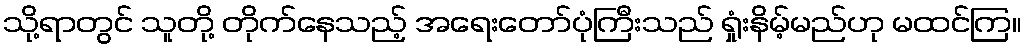
သို့ရာတွင် သူတို့ တိုက်နေသည့် အရေးတော်ပုံကြီးသည် ရှုံးနိမ့်မည်ဟု မထင်ကြ။